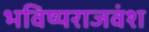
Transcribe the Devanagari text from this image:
भविष्यराजवंश